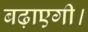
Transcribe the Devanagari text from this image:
बढ़ाएगी।